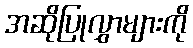
အဆိုပြုလွှာများကို